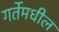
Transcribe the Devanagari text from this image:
गर्तेमधील